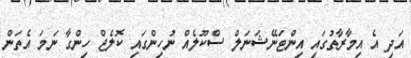
އަދި އެ އިމާރާތުގައި އިންޓަނޭޝަނަލް ސްކޫލެއް ނުހިންގައި ކޮލެޖް ހިންގާ ނަމަ އެތަން